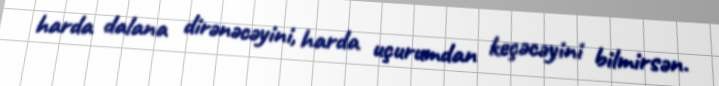
harda dalana dirənəcəyini, harda uçurumdan keçəcəyini bilmirsən.